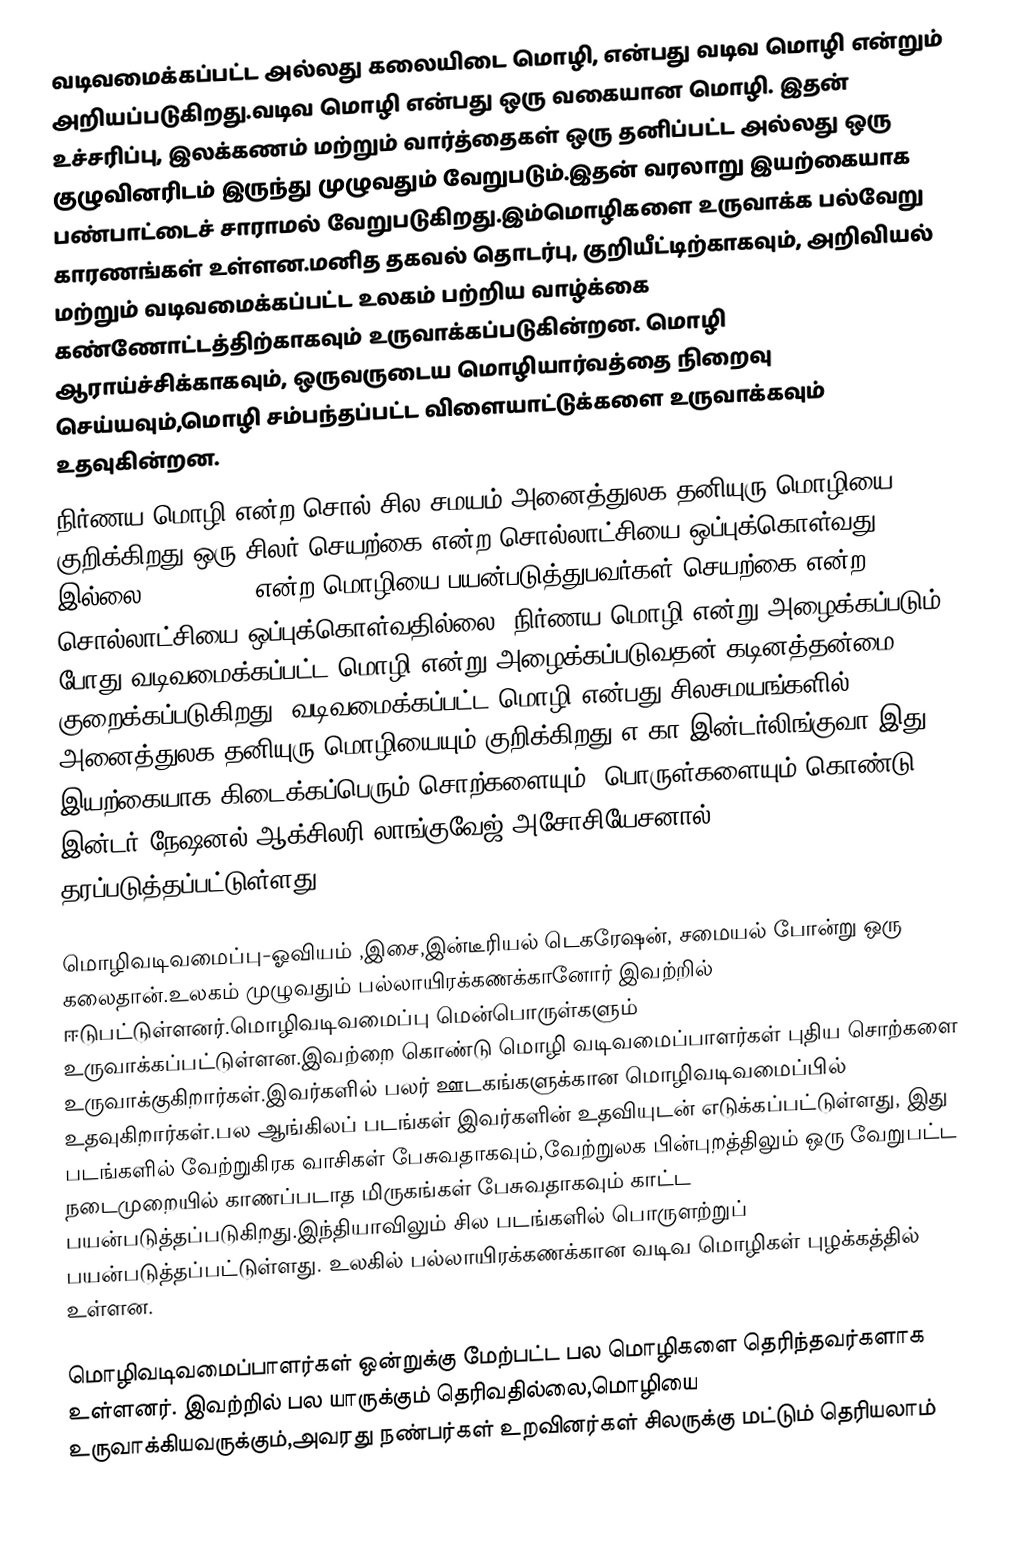
வடிவமைக்கப்பட்ட அல்லது கலையிடை மொழி, என்பது வடிவ மொழி என்றும் அறியப்படுகிறது.வடிவ மொழி என்பது ஒரு வகையான மொழி. இதன் உச்சரிப்பு, இலக்கணம் மற்றும் வார்த்தைகள் ஒரு தனிப்பட்ட அல்லது ஒரு குழுவினரிடம் இருந்து முழுவதும் வேறுபடும்.இதன் வரலாறு இயற்கையாக பண்பாட்டைச் சாராமல் வேறுபடுகிறது.இம்மொழிகளை உருவாக்க பல்வேறு காரணங்கள் உள்ளன.மனித தகவல் தொடர்பு, குறியீட்டிற்காகவும், அறிவியல் மற்றும் வடிவமைக்கப்பட்ட உலகம்  பற்றிய வாழ்க்கை கண்ணோட்டத்திற்காகவும் உருவாக்கப்படுகின்றன. மொழி ஆராய்ச்சிக்காகவும், ஒருவருடைய மொழியார்வத்தை நிறைவு செய்யவும்,மொழி சம்பந்தப்பட்ட விளையாட்டுக்களை உருவாக்கவும் உதவுகின்றன.
நிர்ணய மொழி என்ற சொல் சில சமயம் அனைத்துலக தனியுரு மொழியை குறிக்கிறது.ஒரு சிலர் செயற்கை என்ற சொல்லாட்சியை ஒப்புக்கொள்வது இல்லை. Esperanto என்ற மொழியை பயன்படுத்துபவர்கள் செயற்கை என்ற சொல்லாட்சியை ஒப்புக்கொள்வதில்லை. நிர்ணய மொழி என்று அழைக்கப்படும் போது வடிவமைக்கப்பட்ட மொழி என்று அழைக்கப்படுவதன் கடினத்தன்மை குறைக்கப்படுகிறது. வடிவமைக்கப்பட்ட மொழி என்பது சிலசமயங்களில் அனைத்துலக தனியுரு மொழியையும் குறிக்கிறது.எ.கா இன்டர்லிங்குவா இது இயற்கையாக கிடைக்கப்பெரும் சொற்களையும், பொருள்களையும் கொண்டு இன்டர் நேஷனல் ஆக்சிலரி லாங்குவேஜ் அசோசியேசனால் தரப்படுத்தப்பட்டுள்ளது.

மொழிவடிவமைப்பு-ஓவியம் ,இசை,இன்டீரியல் டெகரேஷன், சமையல் போன்று ஒரு கலைதான்.உலகம் முழுவதும் பல்லாயிரக்கணக்கானோர் இவற்றில் ஈடுபட்டுள்ளனர்.மொழிவடிவமைப்பு  மென்பொருள்களும் உருவாக்கப்பட்டுள்ளன.இவற்றை கொண்டு மொழி வடிவமைப்பாளர்கள் புதிய சொற்களை உருவாக்குகிறார்கள்.இவர்களில் பலர் ஊடகங்களுக்கான மொழிவடிவமைப்பில் உதவுகிறார்கள்.பல ஆங்கிலப் படங்கள் இவர்களின் உதவியுடன் எடுக்கப்பட்டுள்ளது, இது படங்களில் வேற்றுகிரக வாசிகள் பேசுவதாகவும்,வேற்றுலக பின்புறத்திலும் ஒரு வேறுபட்ட நடைமுறையில் காணப்படாத மிருகங்கள் பேசுவதாகவும் காட்ட பயன்படுத்தப்படுகிறது.இந்தியாவிலும் சில படங்களில் பொருளற்றுப் பயன்படுத்தப்பட்டுள்ளது. உலகில் பல்லாயிரக்கணக்கான வடிவ மொழிகள் புழக்கத்தில் உள்ளன.

மொழிவடிவமைப்பாளர்கள் ஒன்றுக்கு மேற்பட்ட பல மொழிகளை தெரிந்தவர்களாக உள்ளனர்.  இவற்றில் பல யாருக்கும் தெரிவதில்லை,மொழியை உருவாக்கியவருக்கும்,அவரது நண்பர்கள் உறவினர்கள் சிலருக்கு மட்டும் தெரியலாம்